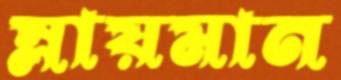
ম্লায়মান